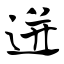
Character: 迸